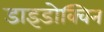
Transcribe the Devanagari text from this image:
डाइडोक्विन